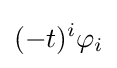
(-t)^{i}\varphi _{i}